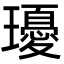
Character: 瓇